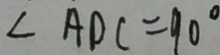
\angle A D C = 9 0 ^ { \circ }